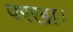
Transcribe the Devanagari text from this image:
परखा।